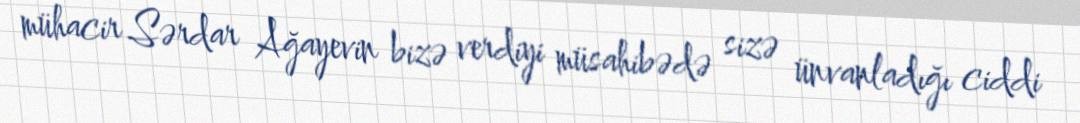
mühacir Sərdar Ağayevin bizə verdiyi müsahibədə sizə ünvanladığı ciddi